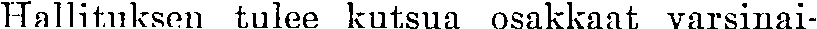
Hallituksen tulee kutsua osakkaat varsinai-